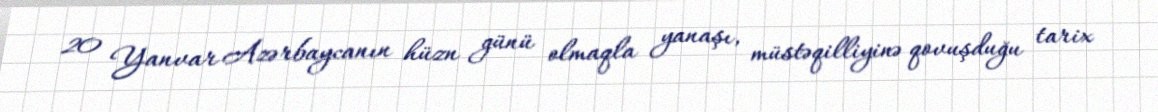
20 Yanvar Azərbaycanın hüzn günü olmaqla yanaşı, müstəqilliyinə qovuşduğu tarix